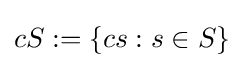
cS:=\{cs:s\in S\}